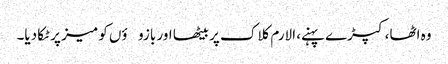
وہ اٹھا، کپڑے پہنے، الارم کلاک پر بیٹھا اور بازوؤں کو میز پر ٹکا دیا۔